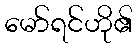
မော်ရင်ဟို၏